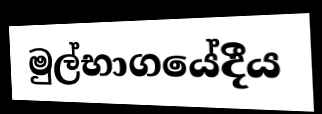
මුල්භාගයේදීය